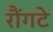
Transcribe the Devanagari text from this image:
रौंगटे